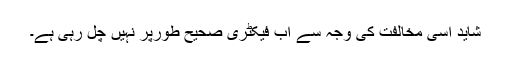
شاید اسی مخالفت کی وجہ سے اب فیکٹری صحیح طورپر نہیں چل رہی ہے۔